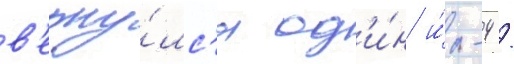
в'ерну́лс'я од'и́н и́л-4 /